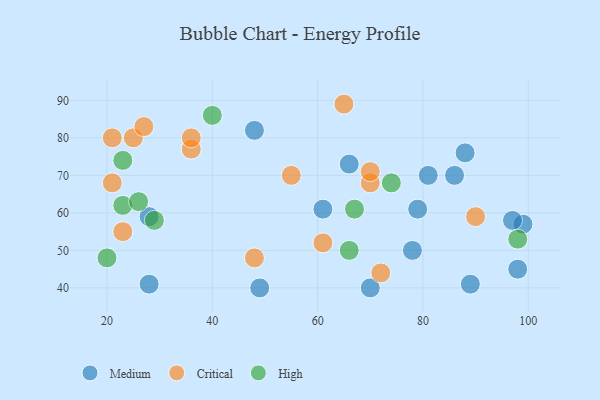
{"axis": {"x": "GDP", "y": "Life Expectancy"}, "legend": ["Critical", "High", "Medium"], "data": [{"x": "61", "y": 61, "type": "Medium"}, {"x": "81", "y": 70, "type": "Medium"}, {"x": "48", "y": 82, "type": "Medium"}, {"x": "28", "y": 59, "type": "Medium"}, {"x": "99", "y": 57, "type": "Medium"}, {"x": "89", "y": 41, "type": "Medium"}, {"x": "78", "y": 50, "type": "Medium"}, {"x": "28", "y": 41, "type": "Medium"}, {"x": "49", "y": 40, "type": "Medium"}, {"x": "98", "y": 45, "type": "Medium"}, {"x": "88", "y": 76, "type": "Medium"}, {"x": "86", "y": 70, "type": "Medium"}, {"x": "79", "y": 61, "type": "Medium"}, {"x": "97", "y": 58, "type": "Medium"}, {"x": "66", "y": 73, "type": "Medium"}, {"x": "70", "y": 40, "type": "Medium"}, {"x": "36", "y": 77, "type": "Critical"}, {"x": "65", "y": 89, "type": "Critical"}, {"x": "25", "y": 80, "type": "Critical"}, {"x": "90", "y": 59, "type": "Critical"}, {"x": "48", "y": 48, "type": "Critical"}, {"x": "21", "y": 68, "type": "Critical"}, {"x": "55", "y": 70, "type": "Critical"}, {"x": "70", "y": 68, "type": "Critical"}, {"x": "61", "y": 52, "type": "Critical"}, {"x": "72", "y": 44, "type": "Critical"}, {"x": "27", "y": 83, "type": "Critical"}, {"x": "36", "y": 80, "type": "Critical"}, {"x": "23", "y": 55, "type": "Critical"}, {"x": "70", "y": 71, "type": "Critical"}, {"x": "21", "y": 80, "type": "Critical"}, {"x": "29", "y": 58, "type": "High"}, {"x": "67", "y": 61, "type": "High"}, {"x": "98", "y": 53, "type": "High"}, {"x": "74", "y": 68, "type": "High"}, {"x": "23", "y": 62, "type": "High"}, {"x": "23", "y": 74, "type": "High"}, {"x": "40", "y": 86, "type": "High"}, {"x": "20", "y": 48, "type": "High"}, {"x": "66", "y": 50, "type": "High"}, {"x": "26", "y": 63, "type": "High"}]}